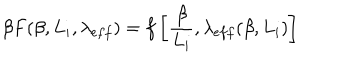
LaTeX: \beta F ( \beta , L _ { i } , \lambda _ { e f f } ) = f \left[ \frac { \beta } { L _ { i } } , \lambda _ { e f f } ( \beta , L _ { i } ) \right]